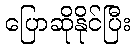
ပြောဆိုနိုင်ပြီး